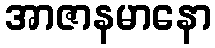
အာဇာနမာနော